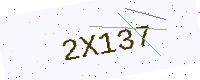
Text: 2X137